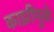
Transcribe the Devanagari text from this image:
काझींमुळे